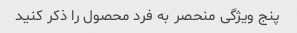
پنج ویژگی منحصر به فرد محصول را ذکر کنید